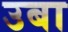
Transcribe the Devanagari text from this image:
उबा